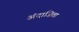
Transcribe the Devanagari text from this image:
अंदाजिता